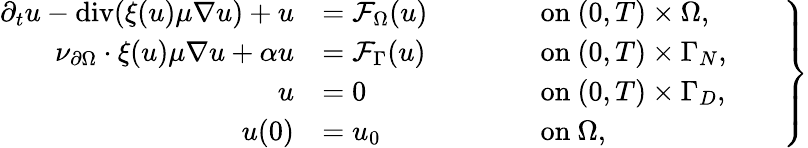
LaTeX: \left.\begin{array}{rlrl}{\partial_{t}u-\operatorname{div}(\xi(u)\mu\nabla u)+u}&{=\mathcal{F}_{\Omega}(u)\qquad}&&{\mathrm{on~}(0,T)\times\Omega,}\\ {\nu_{\partial\Omega}\cdot\xi(u)\mu\nabla u+\alpha u}&{=\mathcal{F}_{\Gamma}(u)}&&{\mathrm{on~}(0,T)\times\Gamma_{N},}\\ {u}&{=0}&&{\mathrm{on~}(0,T)\times\Gamma_{D},}\\ {u(0)}&{=u_{0}}&&{\mathrm{on~}\Omega,}\end{array}\qquad\right\}